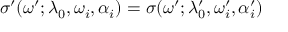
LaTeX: \sigma ^ { \prime } ( \omega ^ { \prime } ; \lambda _ { 0 } , \omega _ { i } , \alpha _ { i } ) = \sigma ( \omega ^ { \prime } ; \lambda _ { 0 } ^ { \prime } , \omega _ { i } ^ { \prime } , \alpha _ { i } ^ { \prime } )